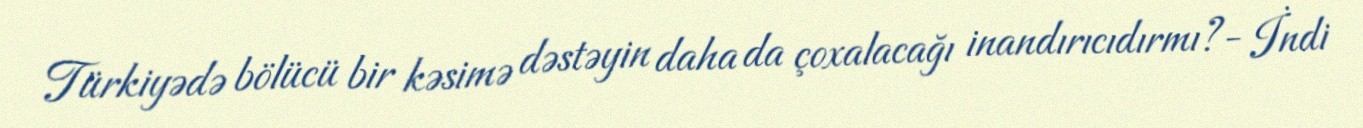
Türkiyədə bölücü bir kəsimə dəstəyin daha da çoxalacağı inandırıcıdırmı?- İndi